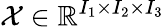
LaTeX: \mathcal{X}\in\mathbb{R}^{I_{1}\times I_{2}\times I_{3}}